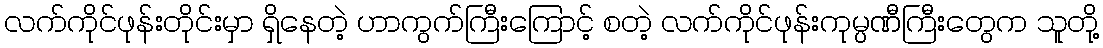
လက်ကိုင်ဖုန်းတိုင်းမှာ ရှိနေတဲ့ ဟာကွက်ကြီးကြောင့် စတဲ့ လက်ကိုင်ဖုန်းကုမ္ပဏီကြီးတွေက သူတို့